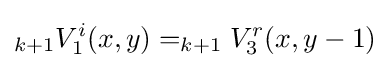
_{k+1}V_{1}^{i}(x,y)=_{k+1}V_{3}^{r}(x,y-1)